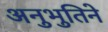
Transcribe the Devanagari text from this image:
अनुभुतिने